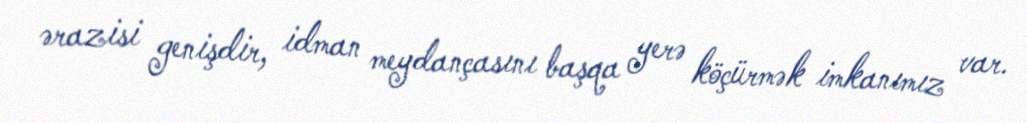
ərazisi genişdir, idman meydançasını başqa yerə köçürmək imkanımız var.